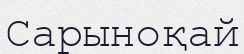
Сарыноқай